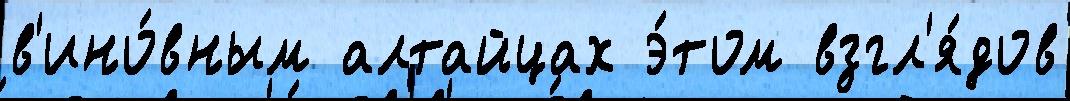
в'ино́вным алтайцах э́том взгл'я́дов